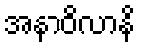
အနာဝိလာနိ